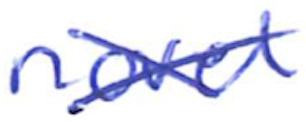
Text: novel
Cross-out: cross
Writing tool: ballpoint